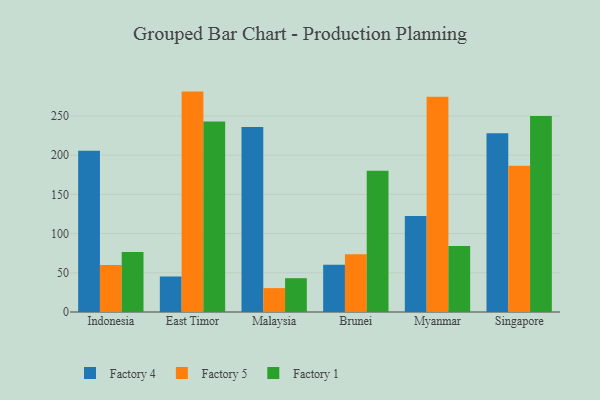
{"axis": {"x": "Country", "y": "Tickets Resolved"}, "legend": ["Factory 1", "Factory 4", "Factory 5"], "data": [{"x": "Indonesia", "y": 205.8, "type": "Factory 4"}, {"x": "Indonesia", "y": 60.0, "type": "Factory 5"}, {"x": "Indonesia", "y": 76.6, "type": "Factory 1"}, {"x": "East Timor", "y": 45.3, "type": "Factory 4"}, {"x": "East Timor", "y": 281.1, "type": "Factory 5"}, {"x": "East Timor", "y": 242.9, "type": "Factory 1"}, {"x": "Malaysia", "y": 236.1, "type": "Factory 4"}, {"x": "Malaysia", "y": 30.5, "type": "Factory 5"}, {"x": "Malaysia", "y": 43.1, "type": "Factory 1"}, {"x": "Brunei", "y": 60.3, "type": "Factory 4"}, {"x": "Brunei", "y": 73.8, "type": "Factory 5"}, {"x": "Brunei", "y": 180.3, "type": "Factory 1"}, {"x": "Myanmar", "y": 122.3, "type": "Factory 4"}, {"x": "Myanmar", "y": 274.4, "type": "Factory 5"}, {"x": "Myanmar", "y": 84.1, "type": "Factory 1"}, {"x": "Singapore", "y": 227.9, "type": "Factory 4"}, {"x": "Singapore", "y": 186.5, "type": "Factory 5"}, {"x": "Singapore", "y": 250.1, "type": "Factory 1"}]}